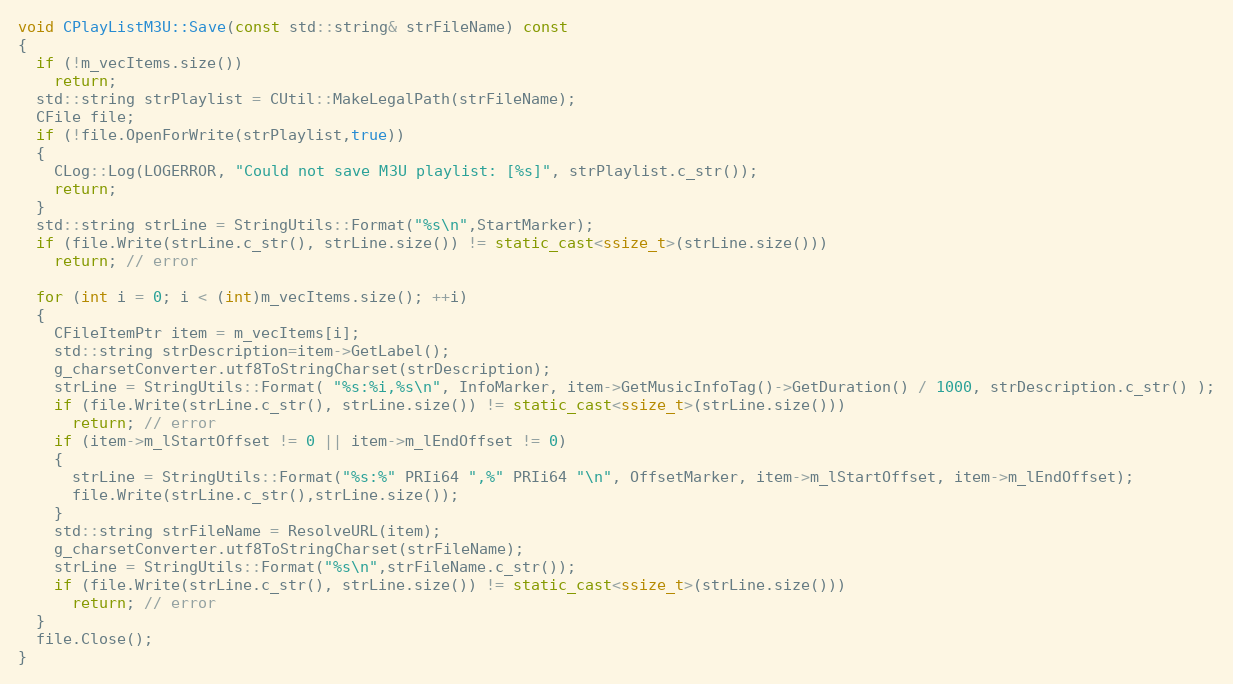
Language: C++
void CPlayListM3U::Save(const std::string& strFileName) const
{
  if (!m_vecItems.size())
    return;
  std::string strPlaylist = CUtil::MakeLegalPath(strFileName);
  CFile file;
  if (!file.OpenForWrite(strPlaylist,true))
  {
    CLog::Log(LOGERROR, "Could not save M3U playlist: [%s]", strPlaylist.c_str());
    return;
  }
  std::string strLine = StringUtils::Format("%s\n",StartMarker);
  if (file.Write(strLine.c_str(), strLine.size()) != static_cast<ssize_t>(strLine.size()))
    return; // error

  for (int i = 0; i < (int)m_vecItems.size(); ++i)
  {
    CFileItemPtr item = m_vecItems[i];
    std::string strDescription=item->GetLabel();
    g_charsetConverter.utf8ToStringCharset(strDescription);
    strLine = StringUtils::Format( "%s:%i,%s\n", InfoMarker, item->GetMusicInfoTag()->GetDuration() / 1000, strDescription.c_str() );
    if (file.Write(strLine.c_str(), strLine.size()) != static_cast<ssize_t>(strLine.size()))
      return; // error
    if (item->m_lStartOffset != 0 || item->m_lEndOffset != 0)
    {
      strLine = StringUtils::Format("%s:%" PRIi64 ",%" PRIi64 "\n", OffsetMarker, item->m_lStartOffset, item->m_lEndOffset);
      file.Write(strLine.c_str(),strLine.size());
    }
    std::string strFileName = ResolveURL(item);
    g_charsetConverter.utf8ToStringCharset(strFileName);
    strLine = StringUtils::Format("%s\n",strFileName.c_str());
    if (file.Write(strLine.c_str(), strLine.size()) != static_cast<ssize_t>(strLine.size()))
      return; // error
  }
  file.Close();
}